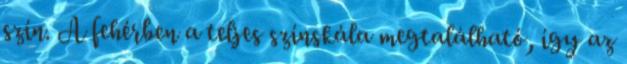
szín. A fehérben a teljes színskála megtalálható, így az